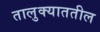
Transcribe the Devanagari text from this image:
तालुक्याततील